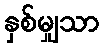
နှစ်မျှသာ